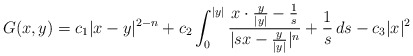
\begin{align*} G(x,y)=c_1|x-y|^{2-n}+c_2\int_0^{|y|}\frac{x\cdot \frac{y}{|y|}-\frac{1}{s}}{|sx-\frac{y}{|y|}|^n}+\frac{1}{s}\, ds-c_3|x|^2\end{align*}